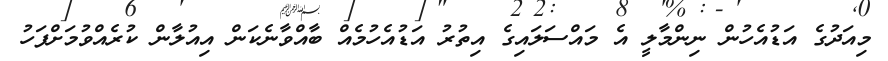
މިއަދުގެ އަޑުއެހުން ނިންމާލީ އެ މައްސަލައިގެ އިތުރު އަޑުއެހުމެއް ބާއްވާނެކަން އިއުލާން ކުރެއްވުމަށްފަހު